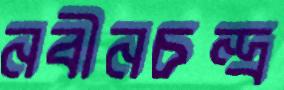
নবীনচন্দ্র